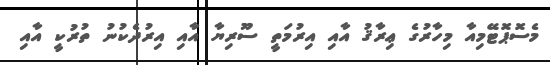
މެސޮޕޮޓޭމިއާ މިހާރުގެ ޢިރާޤު އާއި އިރުމަތީ ސޫރިޔާ އާއި އިރުދެކުނު ތުރުކީ އާއި